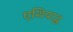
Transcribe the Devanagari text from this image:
एशियाद्ध